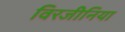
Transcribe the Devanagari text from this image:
विरजीनिया